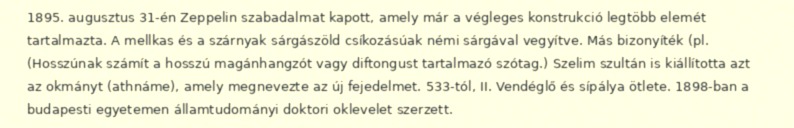
1895. augusztus 31-én Zeppelin szabadalmat kapott, amely már a végleges konstrukció legtöbb elemét tartalmazta. A mellkas és a szárnyak sárgászöld csíkozásúak némi sárgával vegyítve. Más bizonyíték (pl. (Hosszúnak számít a hosszú magánhangzót vagy diftongust tartalmazó szótag.) Szelim szultán is kiállította azt az okmányt (athnáme), amely megnevezte az új fejedelmet. 533-tól, II. Vendéglő és sípálya ötlete. 1898-ban a budapesti egyetemen államtudományi doktori oklevelet szerzett.